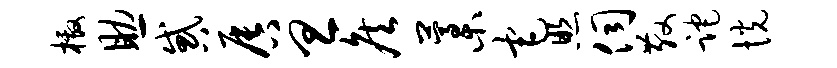
檄助惑唇旦侯藁宅照伺散跎恍